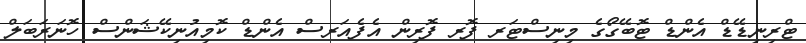
ޓްރިނިޑޭޑް އެންޑް ޓޮބޭގޯގެ މިނިސްޓަރ ފޮރ ފޮރިން އެފެއަރސް އެންޑް ކޮމިއުނިކޭޝަންސް ހޮނަރަބަލް